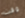
وقت